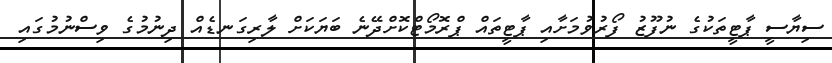
ސިޔާސީ ޕާޓީތަކުގެ ނުފޫޒު ފޯރުވުމަށާއި ޕާޓީތައް ޕްރޮމޯޓްކޮށްދޭނެ ބަޔަކަށް ލާރިގަނޑެއް ދިނުމުގެ ވިސްނުމުގައި